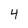
Character: 4